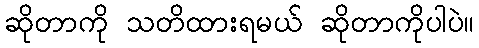
ဆိုတာကို သတိထားရမယ် ဆိုတာကိုပါပဲ။